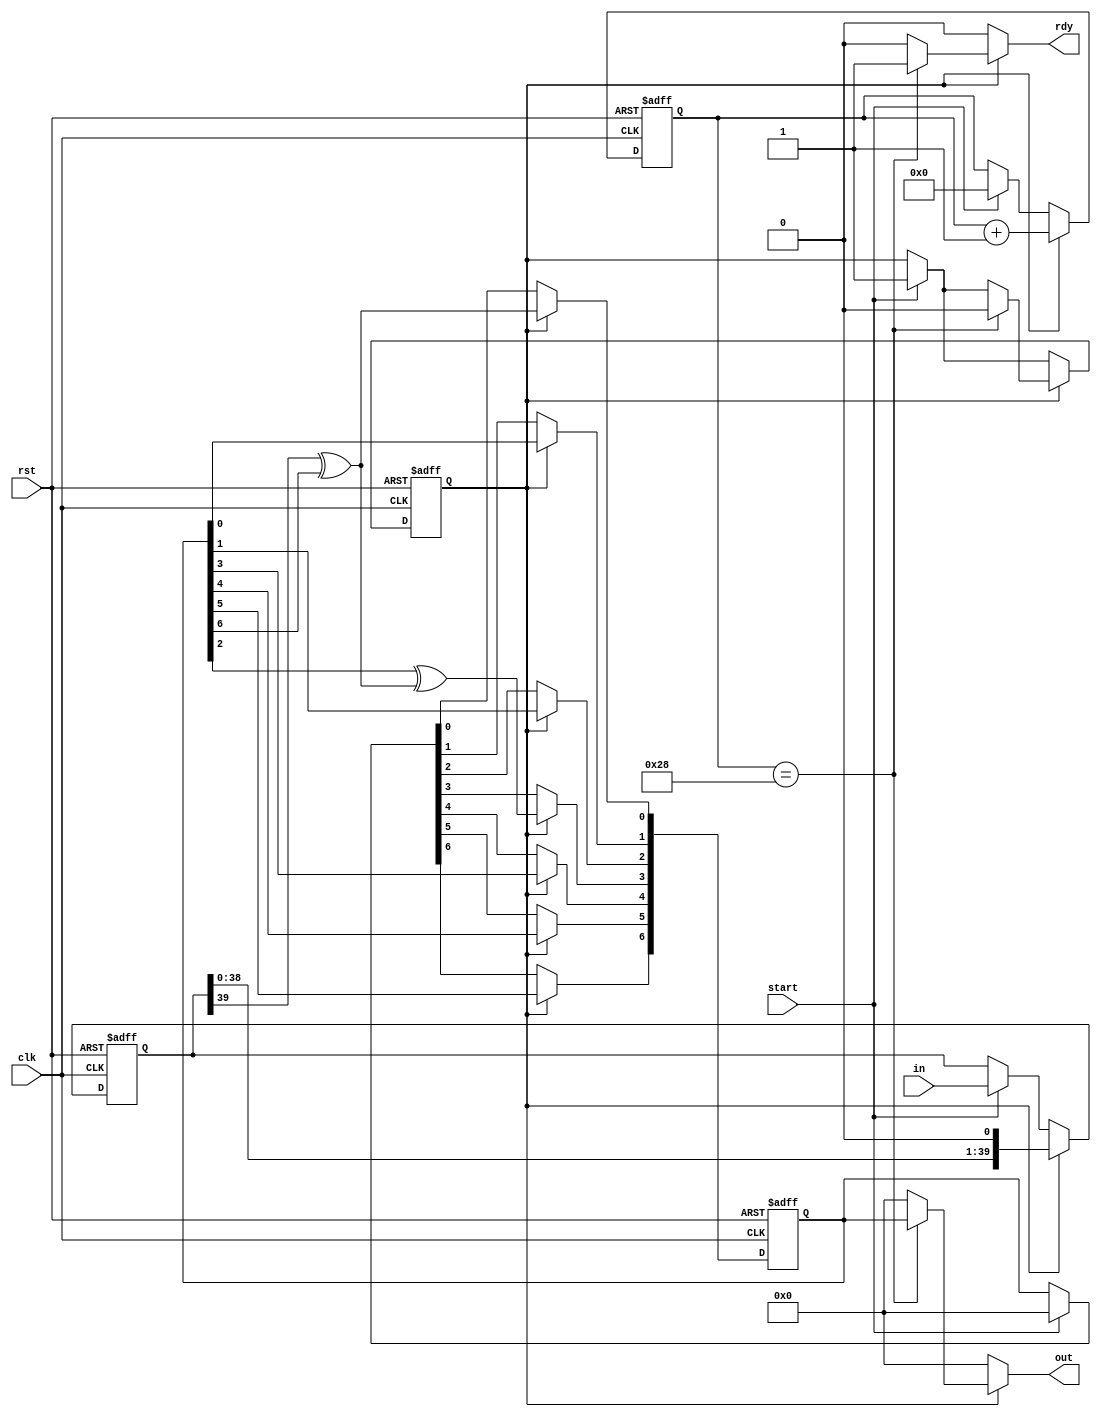
module crc7spi(
	input clk,
	input rst,
	
	input[39:0] in, 
	input start,
	
	output reg[6:0] out,
	output reg rdy
	
);

reg f_started;
reg started;

reg[5:0] f_count;
reg[5:0] count;

reg[39:0] f_mem;
reg[39:0] mem;

reg[6:0] f_crc;
reg[6:0] crc;

always@(posedge clk or posedge rst)begin
	if(rst)begin
		f_mem <= 0;
		f_crc <= 0;
		f_started <= 0;
		f_count <= 0;
	end else
	begin
		f_count <= count;
		f_mem <= mem;
		f_crc <= crc;
		f_started <= started;
	end
end

reg inv;

always@(*)begin
	
	rdy = 0;
	inv = 0;
	out = 0;
	
	crc = f_crc;
	started = f_started;
	mem = f_mem;
	count = f_count;
	
	if(start) begin
		started = 1;
		mem = in;
		count = 0;
		crc = 0;
	end
	
	if(f_started)begin
		count = f_count + 1;
		
		inv = f_mem[39] ^ f_crc[6];
		
		mem = {f_mem[38:0],1'b0};
		
		crc[6] = f_crc[5];
		crc[5] = f_crc[4];
		crc[4] = f_crc[3];
		crc[3] = f_crc[2] ^ inv;
		crc[2] = f_crc[1];
		crc[1] = f_crc[0];
		crc[0] = inv;
		
 		if(f_count == 40)begin
			rdy = 1;
			started = 0;
			out = f_crc;
		end
	end
end



endmodule